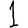
Digit: 1